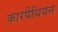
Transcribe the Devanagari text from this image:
कारपैथियन